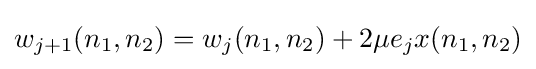
w_{j+1}(n_{1},n_{2})=w_{j}(n_{1},n_{2})+2\mu e_{j}x(n_{1},n_{2})